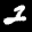
Label: 2